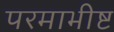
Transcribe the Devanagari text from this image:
परमाभीष्ट